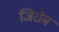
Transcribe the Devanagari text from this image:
जिरोम